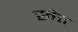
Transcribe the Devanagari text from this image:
खेत्त